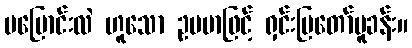
မပြောင်းလဲ ဟူသော ဥပမာဖြင့် ရှင်းပြတော်မူခန်း။